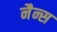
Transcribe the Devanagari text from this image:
नैन्स